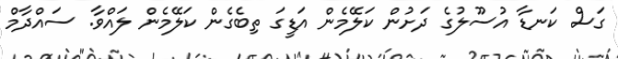
ގަސް ކަނޑާ އުސޫލުގެ ދަށުން ކަލޭމެން އަޑީގަ ތިބެގެން ކަލޭމެން ލައްވާ. ސައްދާމް